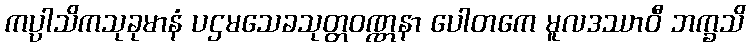
ကပ္ပါသိကသုခုမာနံ ပဌမသေခသုတ္တဝဏ္ဏနာ ပေါတကေ မူလဒဿာဝီ ဘက္ခသိ